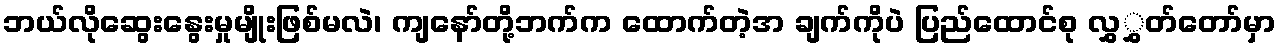
ဘယ်လိုဆွေးနွေးမှုမျိုးဖြစ်မလဲ၊ ကျနော်တို့ဘက်က ထောက်တဲ့အ ချက်ကိုပဲ ပြည်ထောင်စု လွှွှတ်တော်မှာ